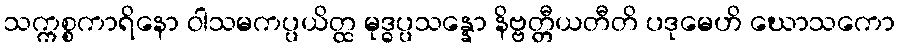
သက္ကစ္စကာရိနော ဝါသမကပ္ပယိတ္ထ မုဒ္ဓပ္ပသန္နော နိဗ္ဗတ္တီယတီတိ ပဒုမေဟိ ဃောသကော